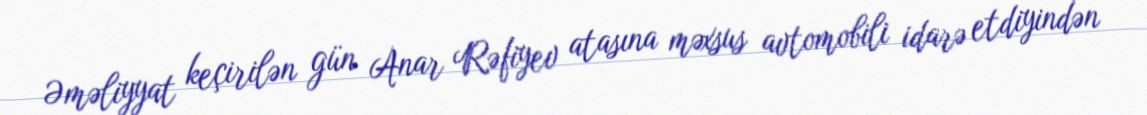
Əməliyyat keçirilən gün Anar Rəfiyev atasına məxsus avtomobili idarə etdiyindən